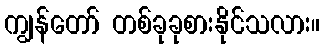
ကျွန်တော် တစ်ခုခုစားနိုင်သလား။